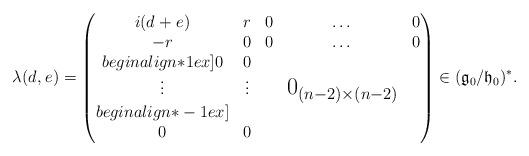
LaTeX: \begin{align*}\lambda(d_{},e_{}) =\begin{pmatrix} i(d_{} +e_{})& r_{} & 0&\dots & 0\\ -r_{}& 0 & 0 &\dots &0\\begin{align*}1ex] 0&0 &\\ \vdots&\vdots & & \text{\Large $0_{(n-2)\times (n-2)}$}\\begin{align*}-1ex] \\ 0& 0 &&&\end{pmatrix} \in({\mathfrak g}_0/{\mathfrak h}_0)^*.\end{align*}